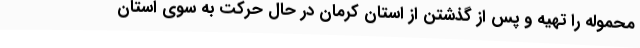
محموله را تهیه و پس از گذشتن از استان کرمان در حال حرکت به سوی استان